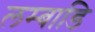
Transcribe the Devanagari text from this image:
लम्बाडि